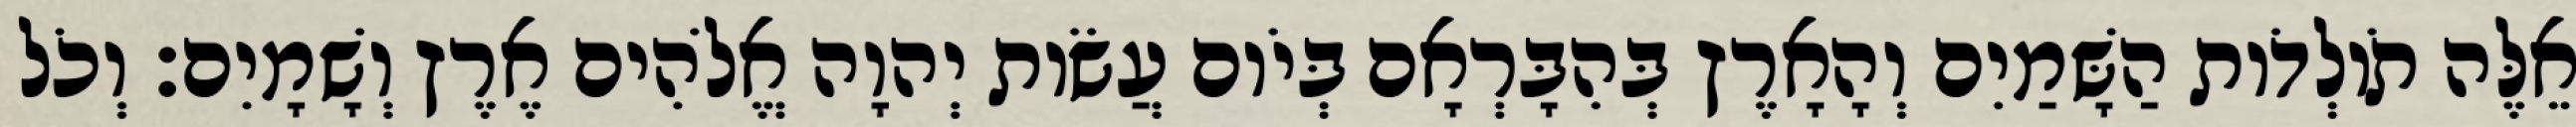
אֵלֶּה תֹולְדֹות הַשָּׁמַיִם וְהָאָרֶץ בְּהִבָּרְאָם בְּיֹום עֲשֹׂות יְהוָה אֱלֹהִים אֶרֶץ וְשָׁמָיִם׃ וְכֹל